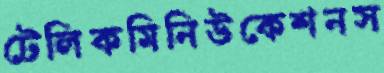
টেলিকমিনিউকেশনস